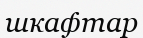
шкафтар